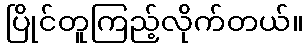
ပြိုင်တူကြည့်လိုက်တယ်။